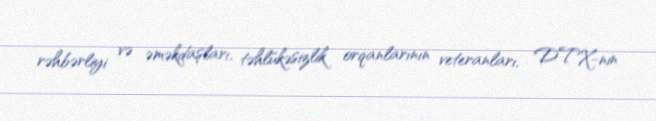
rəhbərliyi və əməkdaşları, təhlükəsizlik orqanlarının veteranları, DTX-nin